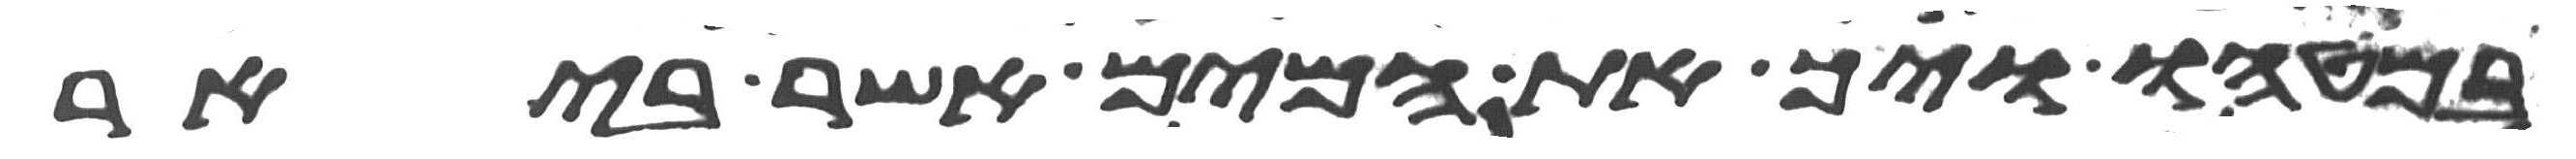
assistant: במטהו ויך את המים אשר ביאר